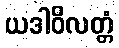
ယဒါဝိလတ္တံ